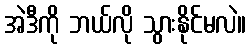
အဲဒီကို ဘယ်လို သွားနိုင်မလဲ။